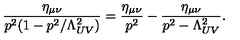
\frac { \eta _ { \mu \nu } } { p ^ { 2 } ( 1 - p ^ { 2 } / \Lambda _ { U V } ^ { 2 } ) } = \frac { \eta _ { \mu \nu } } { p ^ { 2 } } - \frac { \eta _ { \mu \nu } } { p ^ { 2 } - \Lambda _ { U V } ^ { 2 } } .